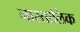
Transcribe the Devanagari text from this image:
नास्तालिक